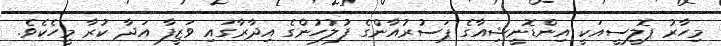
މިހާރު ޕޮލީސީއަކީ އިންޑޮނީޝިއާގެ ޕަސުރުއާންގެ ފުލުހުންގެ އިދާރާގައި ވަޒީފާ އަދާ ކުރާ މީހެކެވެ.